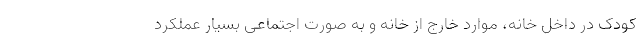
کودک در داخل خانه، موارد خارج از خانه و به صورت اجتماعی بسیار عملکرد